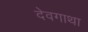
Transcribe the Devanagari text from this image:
देवगाथा